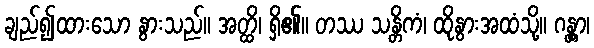
ချည်၍ထားသော နွားသည်။ အတ္ထိ၊ ရှိ၏။ တဿ သန္တိကံ၊ ထိုနွားအထံသို့။ ဂန္တွာ၊